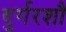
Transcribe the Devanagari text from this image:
दुर्गरशौ